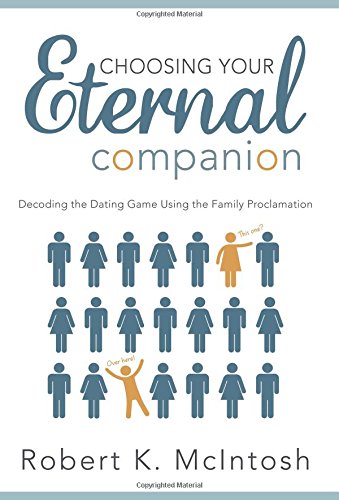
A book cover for Choosing Your Eternal Companion: Decoding the Dating Game Using the Family Proclaimation; Robert K. McIntosh; Parenting & Relationships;